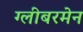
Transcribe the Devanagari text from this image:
ग्लीबरमेन